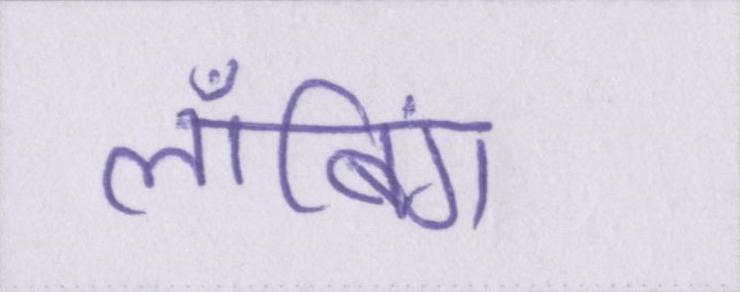
लॉबिंग